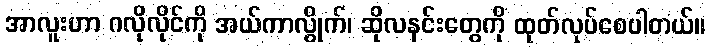
အာလူးဟာ ဂလိုလိုင်ကို အယ်ကာလွိုက်၊ ဆိုလနင်းတွေကို ထုတ်လုပ်စေပါတယ်။